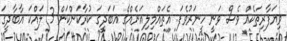
ވިޔަފާރިތަކެއް ވެސް ވަނީ ހީނަރުވެފަ. އެތައްމިލިއަނެއްގެ އަބަދީގަ ކުރާކަންކަން 3 ލައްކަ އާބާދީގަ